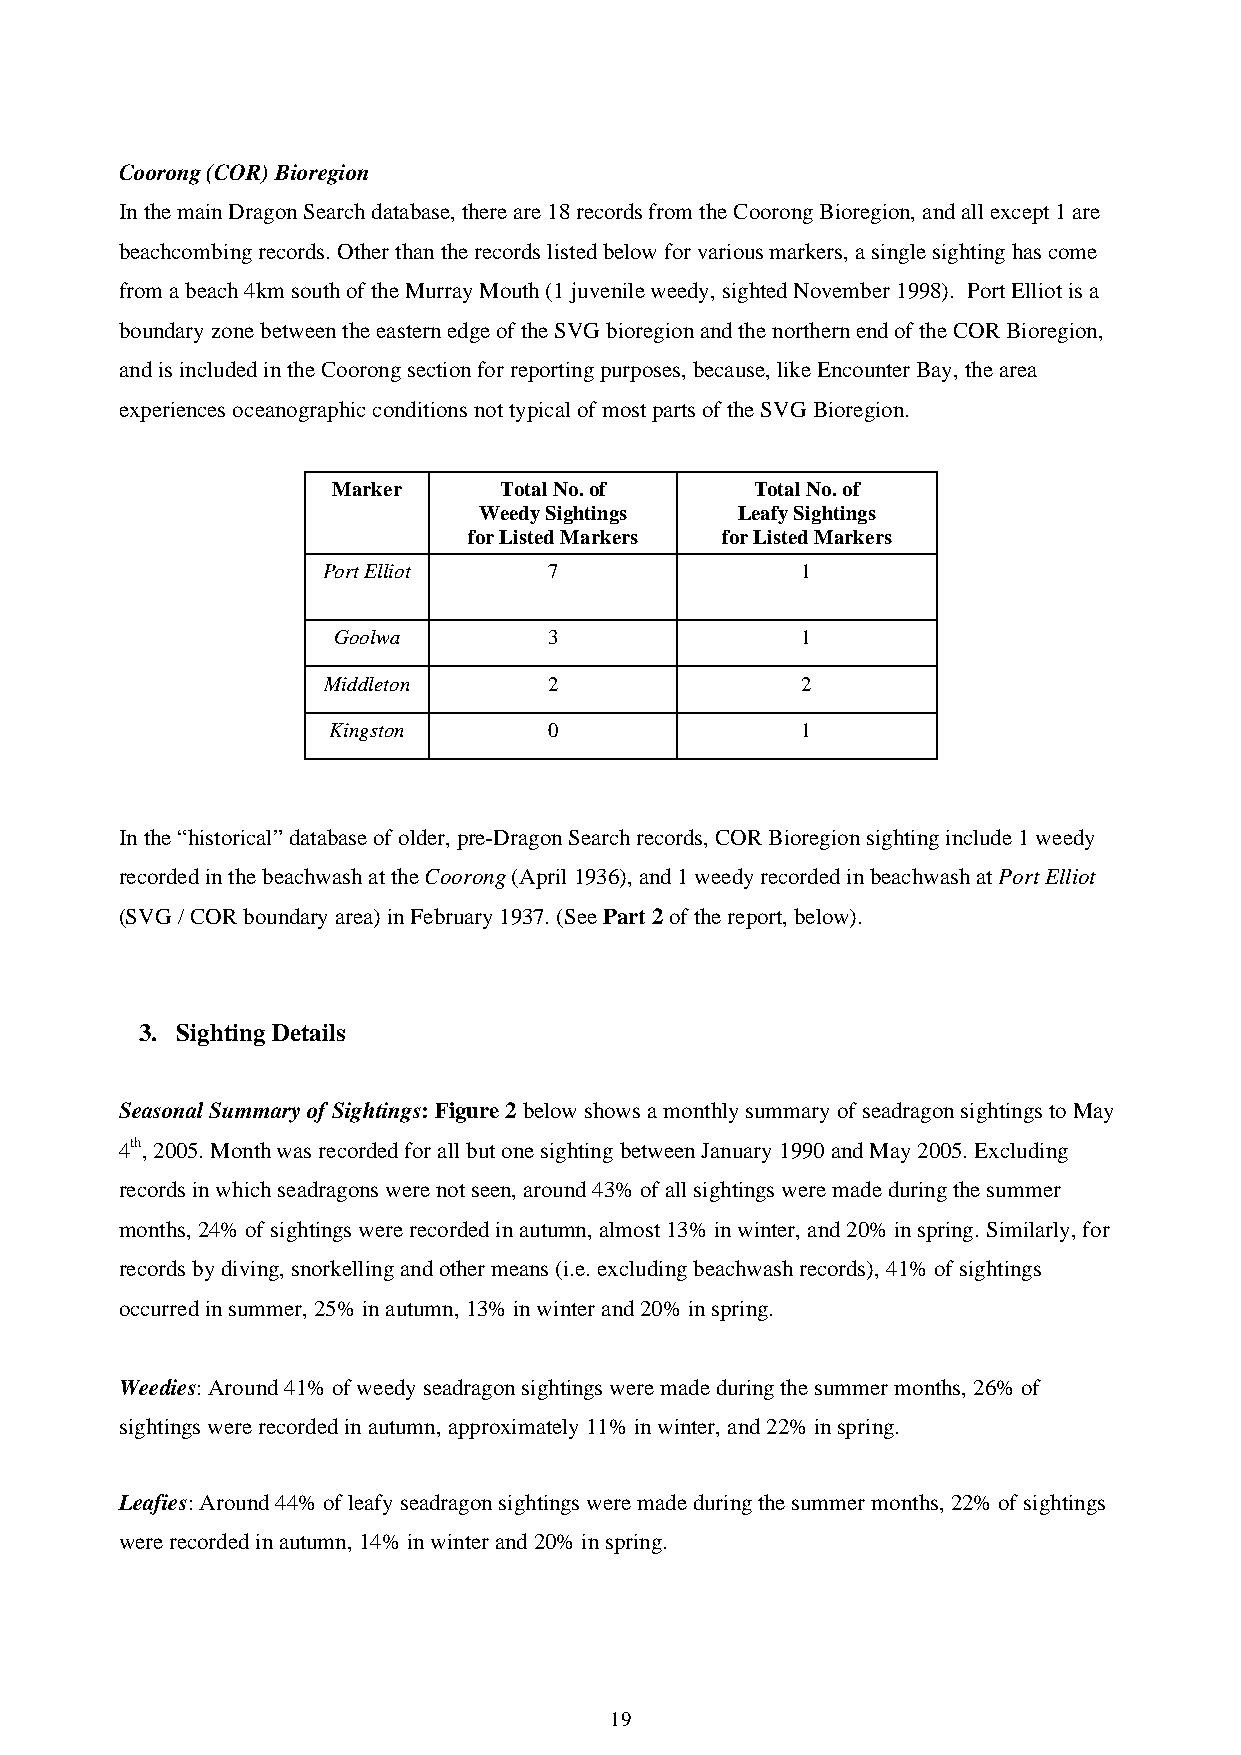
Coorong (COR) Bioregion
 In the main Dragon Search database, there are 18 records from the Coorong Bioregion, and all except 1 are
 beachcombing records. Other than the records listed below for various markers, a single sighting has come
 from a beach 4km south of the Murray Mouth (1 juvenile weedy, sighted November 1998). Port Elliot is a
 boundary zone between the eastern edge of the SVG bioregion and the northern end of the COR Bioregion,
 and is included in the Coorong section for reporting purposes, because, like Encounter Bay, the area
 experiences oceanographic conditions not typical of most parts of the SVG Bioregion.
 Marker     Total No. of     Total No. of
 Weedy Sightings  Leafy Sightings
 for Listed Markers for Listed Markers
 Port Elliot    7                1
 Goolwa        3                1
 Middleton      2                2
 Kingston      0                1
 In the “historical” database of older, pre-Dragon Search records, COR Bioregion sighting include 1 weedy
 recorded in the beachwash at the Coorong (April 1936), and 1 weedy recorded in beachwash at Port Elliot
 (SVG / COR boundary area) in February 1937. (See Part 2 of the report, below).
 3. Sighting Details
 Seasonal Summary of Sightings: Figure 2 below shows a monthly summary of seadragon sightings to May
 4th, 2005. Month was recorded for all but one sighting between January 1990 and May 2005. Excluding
 records in which seadragons were not seen, around 43% of all sightings were made during the summer
 months, 24% of sightings were recorded in autumn, almost 13% in winter, and 20% in spring. Similarly, for
 records by diving, snorkelling and other means (i.e. excluding beachwash records), 41% of sightings
 occurred in summer, 25% in autumn, 13% in winter and 20% in spring.
 Weedies: Around 41% of weedy seadragon sightings were made during the summer months, 26% of
 sightings were recorded in autumn, approximately 11% in winter, and 22% in spring.
 Leafies: Around 44% of leafy seadragon sightings were made during the summer months, 22% of sightings
 were recorded in autumn, 14% in winter and 20% in spring.
 19